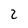
Character: 2